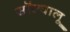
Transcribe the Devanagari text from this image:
सॉल्वालू